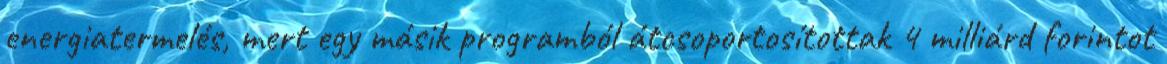
energiatermelés, mert egy másik programból átcsoportosítottak 4 milliárd forintot